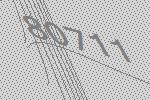
80711